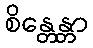
စိန္တေန္တာ